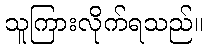
သူကြားလိုက်ရသည်။